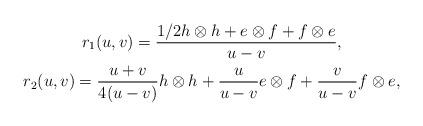
LaTeX: \begin{gather*} r_1(u,v)= {1/2 h \otimes h+ e \otimes f+f \otimes e \over u-v}, \\ r_2(u,v)= {u+v \over 4(u-v)} h \otimes h+{u \over u-v} e \otimes f+{v \over u-v}f \otimes e,\end{gather*}